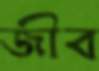
জীব